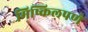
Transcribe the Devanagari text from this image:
मिष्किलपणे